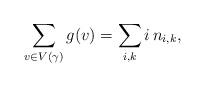
LaTeX: \begin{align*} \sum_{v \in V(\gamma)} g(v) &= \sum_{i, k} i\,n_{i, k}, \end{align*}